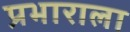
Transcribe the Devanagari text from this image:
प्रभाराला